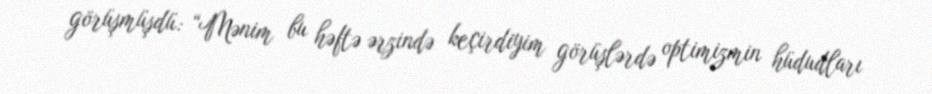
görüşmüşdü: “Mənim bu həftə ərzində keçirdiyim görüşlərdə optimizmin hüdudları